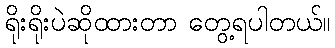
ရိုးရိုးပဲဆိုထားတာ တွေ့ရပါတယ်။